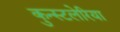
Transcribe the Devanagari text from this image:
कुन्स्टलेरिया